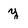
Character: y